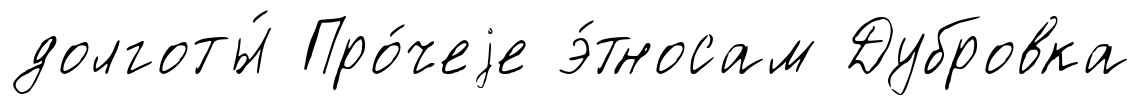
долготы́ Про́чеjе э́тносам Дубровка